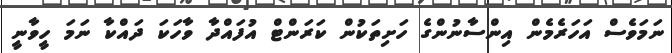
ނަމަވެސް އަހަރެމެން އިންސާނުންގެ ހަށިތަކުން ކަރަންޓް އުފައްދާ ވާހަކަ ދައްކާ ނަމަ ހީވާނީ